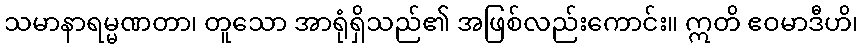
သမာနာရမ္မဏတာ၊ တူသော အာရုံရှိသည်၏ အဖြစ်လည်းကောင်း။ ဣတိ ဧဝမာဒီဟိ၊